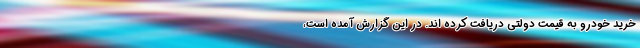
خرید خودرو به قیمت دولتی دریافت کرده اند. در این گزارش آمده است،